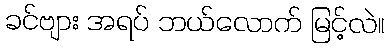
ခင်ဗျား အရပ် ဘယ်လောက် မြင့်လဲ။